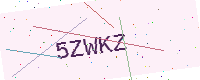
Text: 5ZWKZ